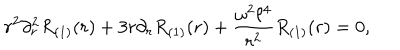
r ^ { 2 } \partial _ { r } ^ { 2 } R _ { ( 1 ) } ( r ) + 3 r \partial _ { r } R _ { ( 1 ) } ( r ) + \frac { \omega ^ { 2 } \ell ^ { 4 } } { r ^ { 2 } } R _ { ( 1 ) } ( r ) = 0 ,